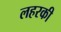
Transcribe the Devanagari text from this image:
लहरकी